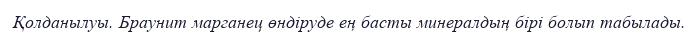
Қолданылуы. Браунит марганец өндіруде ең басты минералдың бірі болып табылады.